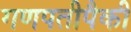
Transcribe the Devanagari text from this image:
गणपतीपैकी